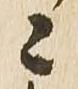
之